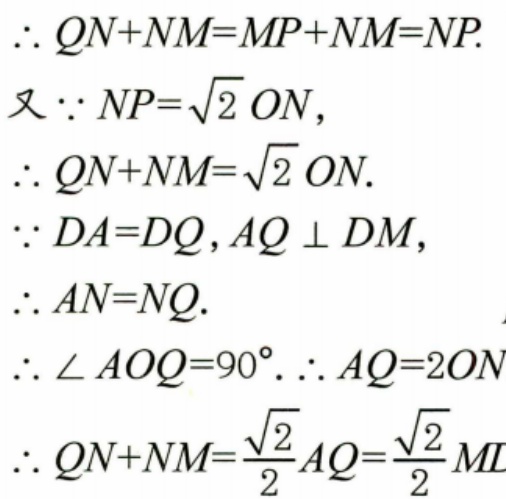
$\begin{align*}
&\therefore QN + NM=MP + NM=NP.\\
&又\because NP = \sqrt{2}ON,\\
&\therefore QN + NM=\sqrt{2}ON.\\
&\because DA = DQ,AQ\perp DM,\\
&\therefore AN = NQ.\\
&\therefore\angle AOQ = 90^{\circ}.\therefore AQ = 2ON\\
&\therefore QN + NM=\frac{\sqrt{2}}{2}AQ=\frac{\sqrt{2}}{2}MD
\end{align*}$